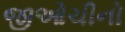
જીઓચીનો